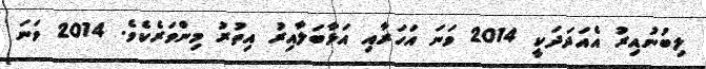
ލިބުނުއިރު އެއަދަދަކީ 2014 ވަނަ އަހަރާއި އަޅާބަލާއިރު އިތުރު މިންވަރެކެވެ. 2014 ވަނަ